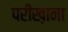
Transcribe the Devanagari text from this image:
परीख़ाना